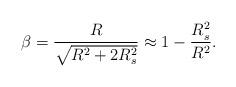
LaTeX: \begin{align*}\beta = {R \over \sqrt{R^2+2 R_s^2}}\approx 1-{R_s^2 \over R^2}.\end{align*}